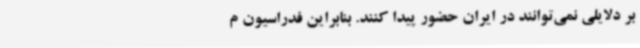
بر دلایلی نمی‌توانند در ایران حضور پیدا کنند. بنابراین فدراسیون م